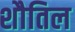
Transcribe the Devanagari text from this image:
शौतिल